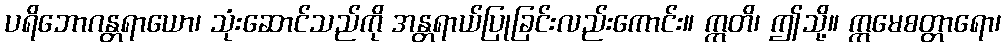
ပရိဘောဂန္တရာယော၊ သုံးဆောင်သည်ကို အန္တရာယ်ပြုခြင်းလည်းကောင်း။ ဣတိ၊ ဤသို့။ ဣမေစတ္တာရော၊